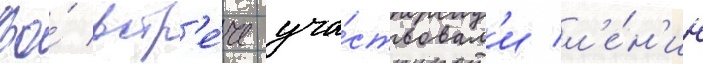
Во́ встр'е́че уча́ствовал'и л'е́н'ин